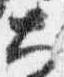
大